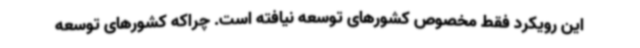
این رویکرد فقط مخصوص کشورهای توسعه نیافته است. چراکه کشورهای توسعه